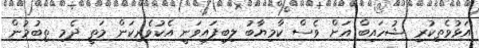
އަޅުވެތިކުރި ޝުހައިބް އަށް ވެސް ކާމިޔާބު ލިބިފައިވަނީ އެކުވެރިކަން މަތީ ދެމި ތިބުމުން